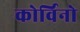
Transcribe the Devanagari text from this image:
कोर्विनो